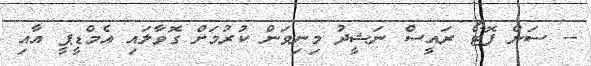
-- ސަން ފޮޓޯ ރައީސް ނަޝީދު މިނިވަން ކުރުމަށް ގޮވާލައި އެމްޑީޕީ އާއި